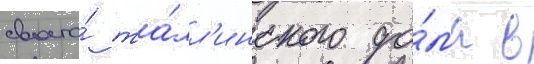
своего́ та́лл'инского до́ма в